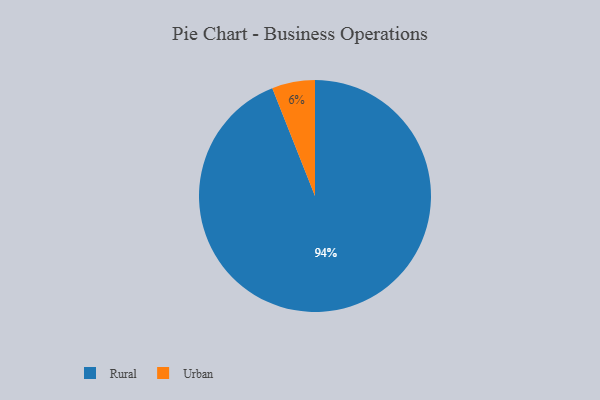
{"axis": {"x": "Category", "y": "Percentage"}, "legend": ["Rural", "Urban"], "data": [{"x": "Urban", "y": 6, "type": "Urban"}, {"x": "Rural", "y": 94, "type": "Rural"}]}